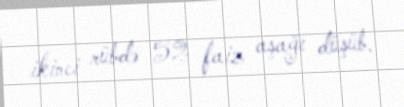
ikinci rübdə 52 faiz aşağı düşüb.